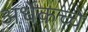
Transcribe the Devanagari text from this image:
अर्धेकच्चे